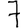
Digit: 7